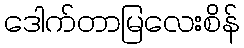
ဒေါက်တာမြလေးစိန်